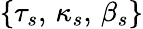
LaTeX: \{ \tau_{s},\, \kappa_{s},\, \beta_{s}\}